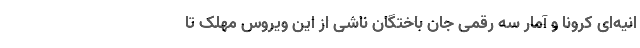
انیه‌ای کرونا و آمار سه رقمی جان باختگان ناشی از این ویروس مهلک تا